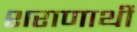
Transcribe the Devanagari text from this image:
शराणार्थी